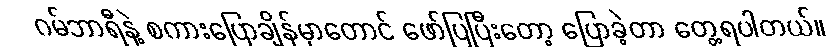
ဂမ်ဘာရီနဲ့ စကားပြောချိန်မှာတောင် ဖော်ပြပြီးတော့ ပြောခဲ့တာ တွေ့ရပါတယ်။